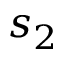
s _ { 2 }